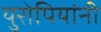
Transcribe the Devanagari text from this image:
युरोपियांनी